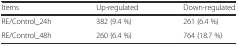
| Items | Up-regulated | Down-regulated |
 | --- | --- | --- |
 | RE/Control_24h | 382 (9.4 %) | 261 (6.4 %) |
 | RE/Control_48h | 260 (6.4 %) | 764 (18.7 %) |